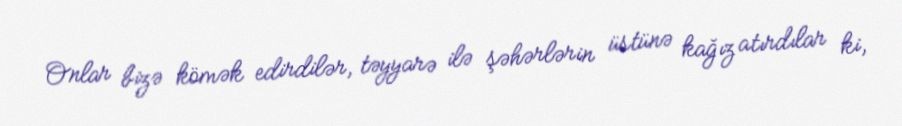
Onlar bizə kömək edirdilər, təyyarə ilə şəhərlərin üstünə kağız atırdılar ki,